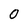
Character: O